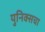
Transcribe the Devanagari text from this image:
युनिक्सचा